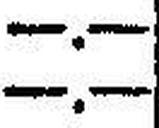
—.—